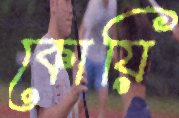
কোয়ি